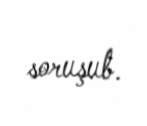
soruşub.